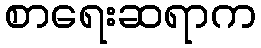
စာရေးဆရာက